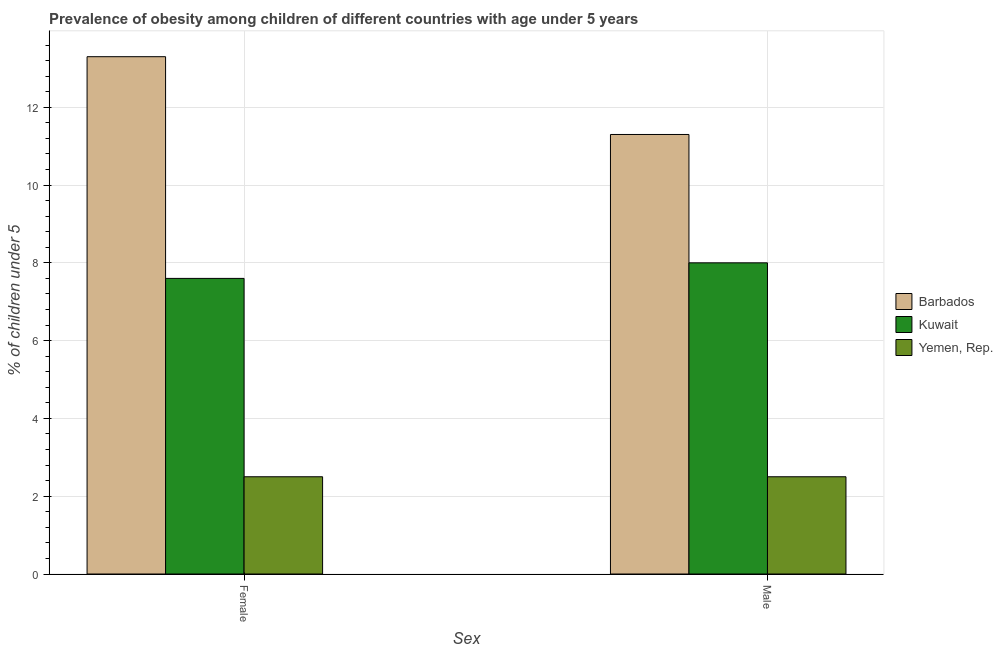
| Sex | Barbados | Kuwait | Yemen, Rep. |
 | --- | --- | --- | --- |
 | Female | 13.3 | 7.6 | 2.5 |
 | Male | 11.3 | 8 | 2.5 |